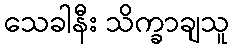
သေခါနီး သိက္ခာချသူ